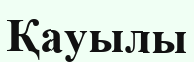
Қауылы